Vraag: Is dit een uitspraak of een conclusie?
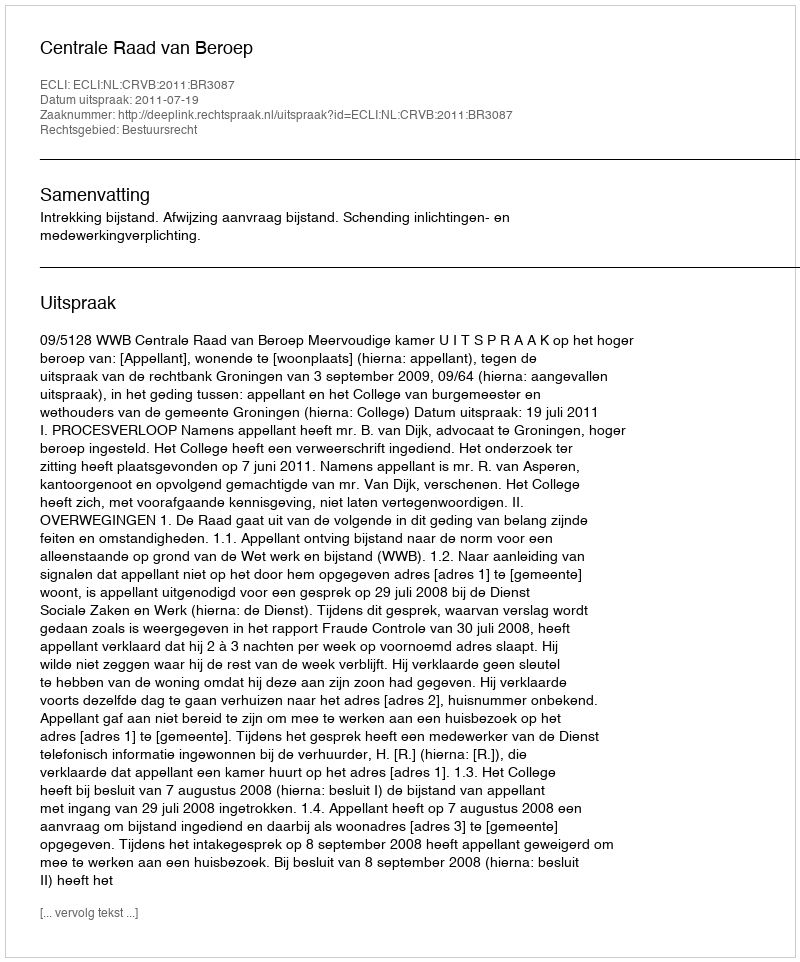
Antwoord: Uitspraak